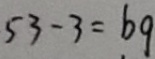
5 3 - 3 = b q